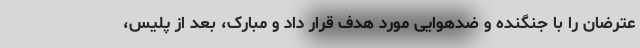
عترضان را با جنگنده و ضدهوایی مورد هدف قرار داد و مبارک، بعد از پلیس،